Indian journal of veterinary science and animal husbandry - Volumes 15-17, 1948-1951
Year: 1948
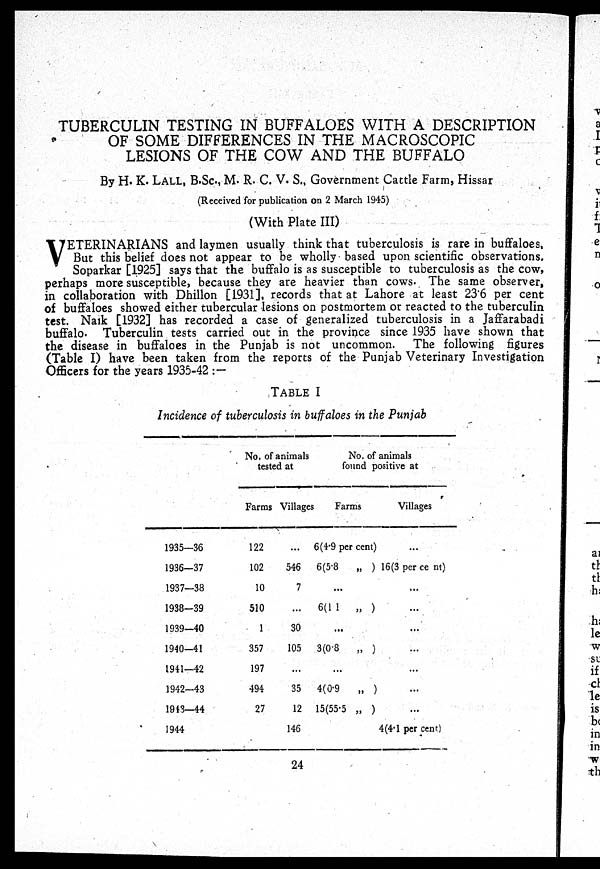
TUBERCULIN TESTING IN BUFFALOES WITH A DESCRIPTION
OF SOME DIFFERENCES IN THE MACROSCOPIC
LESIONS OF THE COW AND THE BUFFALO
By H. K. LALL, B.Sc., M. R. C. V. S., Government Cattle Farm, Hissar
(Received for publication on 2 March 1945)
(With Plate III)
V ETERINARIANS and laymen usually think that tuberculosis is rare in buffaloes,
But this belief does not appear to be wholly based upon scientific observations.
Soparkar [1925] says that the buffalo is as susceptible to tuberculosis as the cow,
perhaps more susceptible, because they are heavier than cows. The same observer,
in collaboration with Dhillon [1931], records that at Lahore at least 23.6 per cent
of buffaloes showed either tubercular lesions on postmortem or reacted to the tuberculin
test. Naik [1932] has recorded a case of generalized tuberculosis in a Jaffarabadi
buffalo. Tuberculin tests carried out in the province since 1935 have shown that
the disease in buffaloes in the Punjab is not uncommon. The following figures
(Table I) have been taken from the reports of the Punjab Veterinary Investigation
Officers for the years 1935-42 :—
TABLE I
Incidence of tuberculosis in buffaloes in the Punjab
1935—36
1936—37
1937—38
1938—39
1939—40
1940—41
1941—42
1942—43
1913—44
1944
No. of animals
tested at
Farms
122
102
10
510
1
357
197
494
27
Villages
...
546
7
...
30
105
...
35
12
146
No. of animals
found positive at
Farms
6(4.9 per cent)
6(5.8
„ )
...
6(11
„ )
...
3(0.8
„ )
...
4(0.9
„ )
15(55.5 „ )
Villages
...
16(3 per cent)
...
...
...
...
...
...
...
4(4.1 per cent)
24